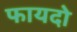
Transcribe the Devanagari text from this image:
फायदो